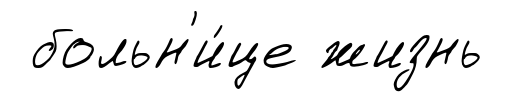
больн'и́це жизнь